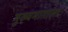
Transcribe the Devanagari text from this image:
मुख्यभागाला